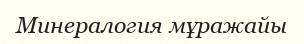
Минералогия мұражайы